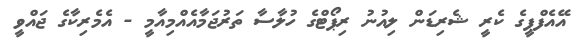
އޭއެފްޕީގެ ކެރީ ޝެރިޑަން ލިއުނު ރިޕޯޓްގެ ހުލާސާ ތަރުޖަމާއެއްމިއާމީ - އެމެރިކާގެ ޖައްވީ